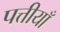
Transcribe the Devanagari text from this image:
पत्तीयाँ